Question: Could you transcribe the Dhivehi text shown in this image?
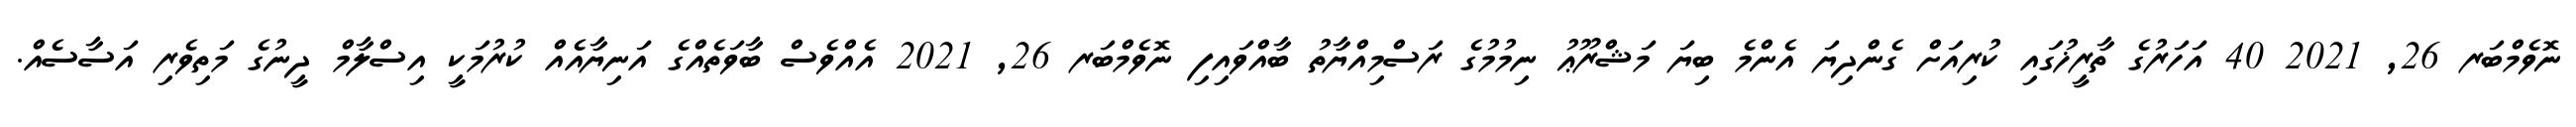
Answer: ނޮވެމްބަރ 26, 2021 40 އަހަރުގެ ތާރީޚުގައި ކުރިއަށް ގެންދިޔަ އެންމެ ބިޔަ މަޝްރޫޢު ނިމުމުގެ ރަސްމިއްޔާތު ބާއްވައިފި ނޮވެމްބަރ 26, 2021 އެއްވެސް ބާވަތެއްގެ އަނިޔާއެއް ކުރުމަކީ އިސްލާމް ދީނުގެ މަތިވެރި އަސާސެއް.